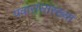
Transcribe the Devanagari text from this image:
पवारांसारख्या